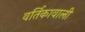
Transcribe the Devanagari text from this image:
वर्तिकावाली